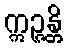
ဣဉ္ဇန္တိ